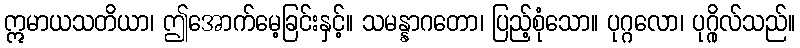
ဣမာယသတိယာ၊ ဤအောက်မေ့ခြင်းနှင့်။ သမန္နာဂတော၊ ပြည့်စုံသော။ ပုဂ္ဂလော၊ ပုဂ္ဂိုလ်သည်။